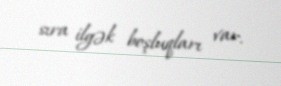
sıra ilgək boşluqları var.